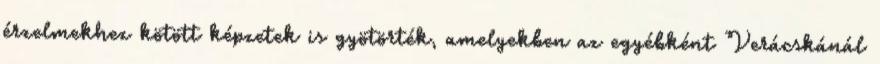
érzelmekhez kötött képzetek is gyötörték, amelyekben az egyébként Verácskánál